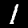
Digit: 1